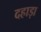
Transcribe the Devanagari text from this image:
दहाड़ा